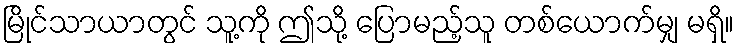
မြိုင်သာယာတွင် သူ့ကို ဤသို့ ပြောမည့်သူ တစ်ယောက်မျှ မရှိ။